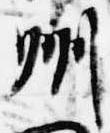
州